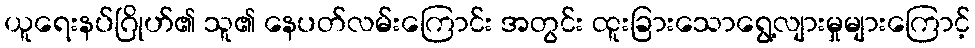
ယူရေးနပ်ဂြိုဟ်၏ သူ၏ နေပတ်လမ်းကြောင်း အတွင်း ထူးခြားသောရွေ့လျားမှုများကြောင့်